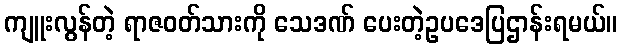
ကျူးလွန်တဲ့ ရာဇဝတ်သားကို သေဒဏ် ပေးတဲ့ဥပဒေပြဌာန်းရမယ်။